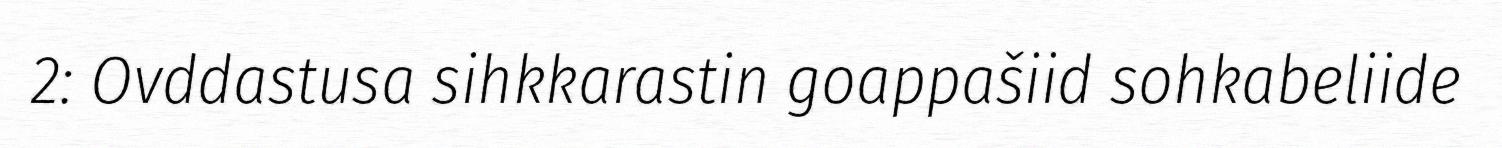
2: Ovddastusa sihkkarastin goappašiid sohkabeliide